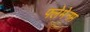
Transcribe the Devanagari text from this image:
फ्लेमेनम